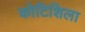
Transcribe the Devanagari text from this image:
कोटिशिला